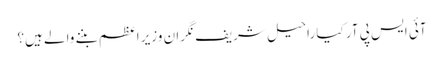
آئی ایس پی آر کیا راحیل شریف نگران وزیر اعظم بننے والے ہیں؟